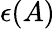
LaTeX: \epsilon(A)